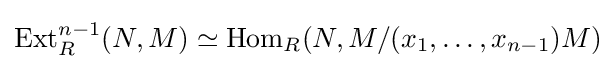
\operatorname {Ext} _{R}^{n-1}(N,M)\simeq \operatorname {Hom} _{R}(N,M/(x_{1},\dots ,x_{n-1})M)